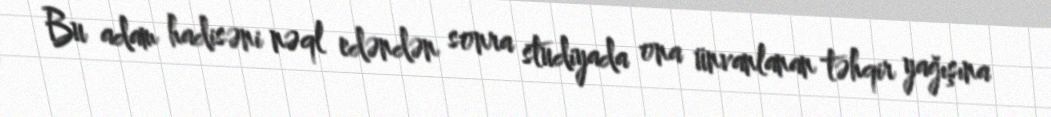
Bu adam hadisəni nəql edəndən sonra studiyada ona ünvanlanan təhqir yağışına